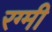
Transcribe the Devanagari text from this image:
रग्मी